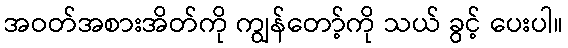
အဝတ်အစားအိတ်ကို ကျွန်တော့်ကို သယ် ခွင့် ပေးပါ။